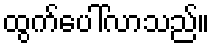
ထွက်ပေါ်လာသည်။